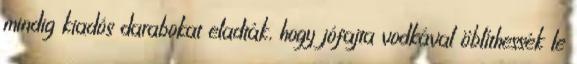
mindig kiadós darabokat eladták, hogy jófajta vodkával öblíthessék le